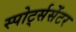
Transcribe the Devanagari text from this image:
स्पोर्ट्ससेंटर